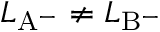
L _ { \mathrm { { A ^ { - } } } } \neq L _ { \mathrm { { B ^ { - } } } }